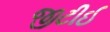
જીટીઈ